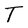
Character: T